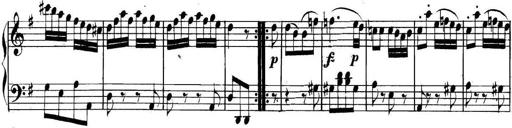
Title: Collected Piano Sonatas
Composer: Muzio Clementi